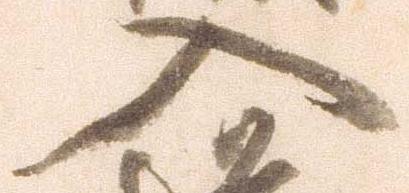
入